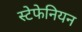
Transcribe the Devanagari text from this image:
स्टेफेनियन